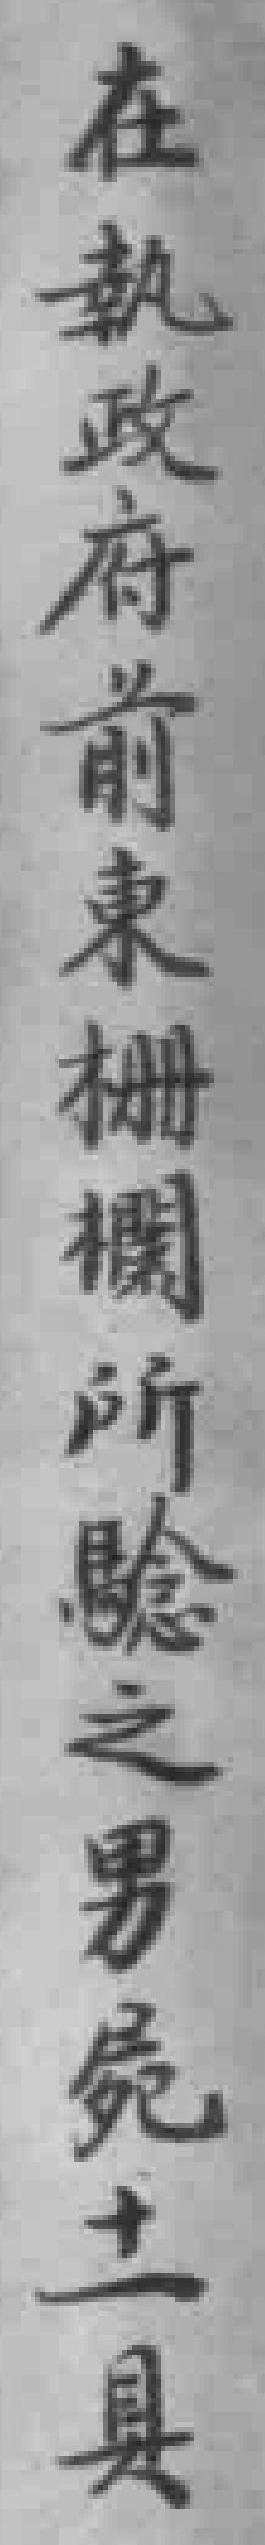
在執政府前東栅欄所驗之男屍十一具